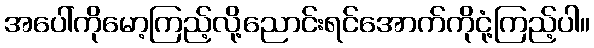
အပေါ်ကိုမော့ကြည့်လို့ညောင်းရင်အောက်ကိုငုံ့ကြည့်ပါ။